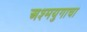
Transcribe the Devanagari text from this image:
अश्मयुगाचा